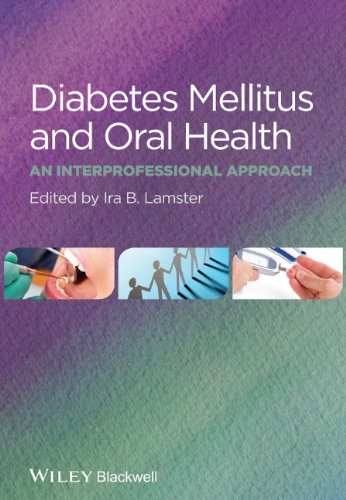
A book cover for Diabetes Mellitus and Oral Health: An Interprofessional Approach; Ira B. Lamster; Medical Books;